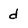
Character: d